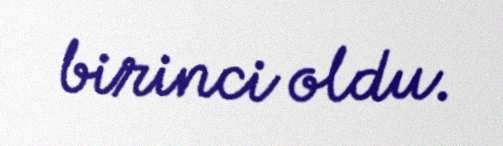
birinci oldu.